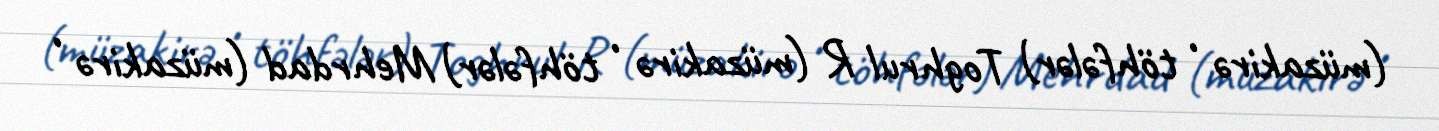
(müzakirə • töhfələr) Toghrul R (müzakirə • töhfələr) Mehrdad (müzakirə •